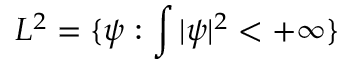
L ^ { 2 } = \{ \psi : \int | \psi | ^ { 2 } < + \infty \}